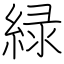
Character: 緑